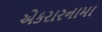
એકરારનામા